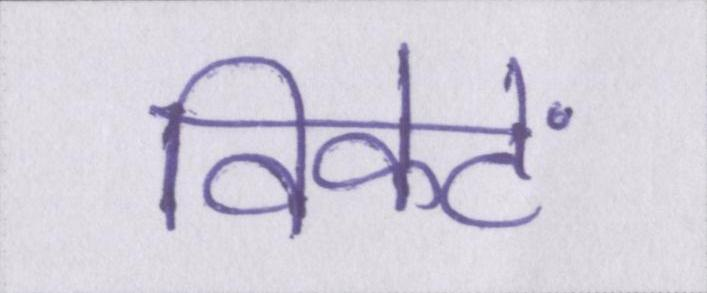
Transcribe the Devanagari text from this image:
विकेटें